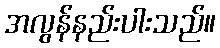
အလွန်နည်းပါးသည်။